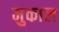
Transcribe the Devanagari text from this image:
मुकाल